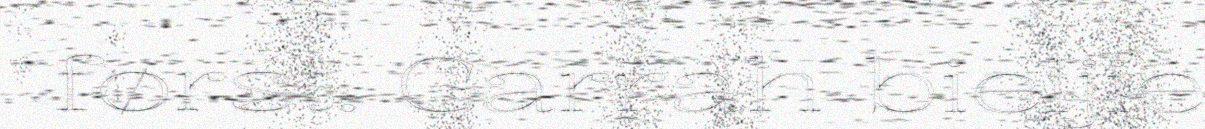
først. Garrah bieljie